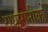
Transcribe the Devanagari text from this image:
राधारानीको